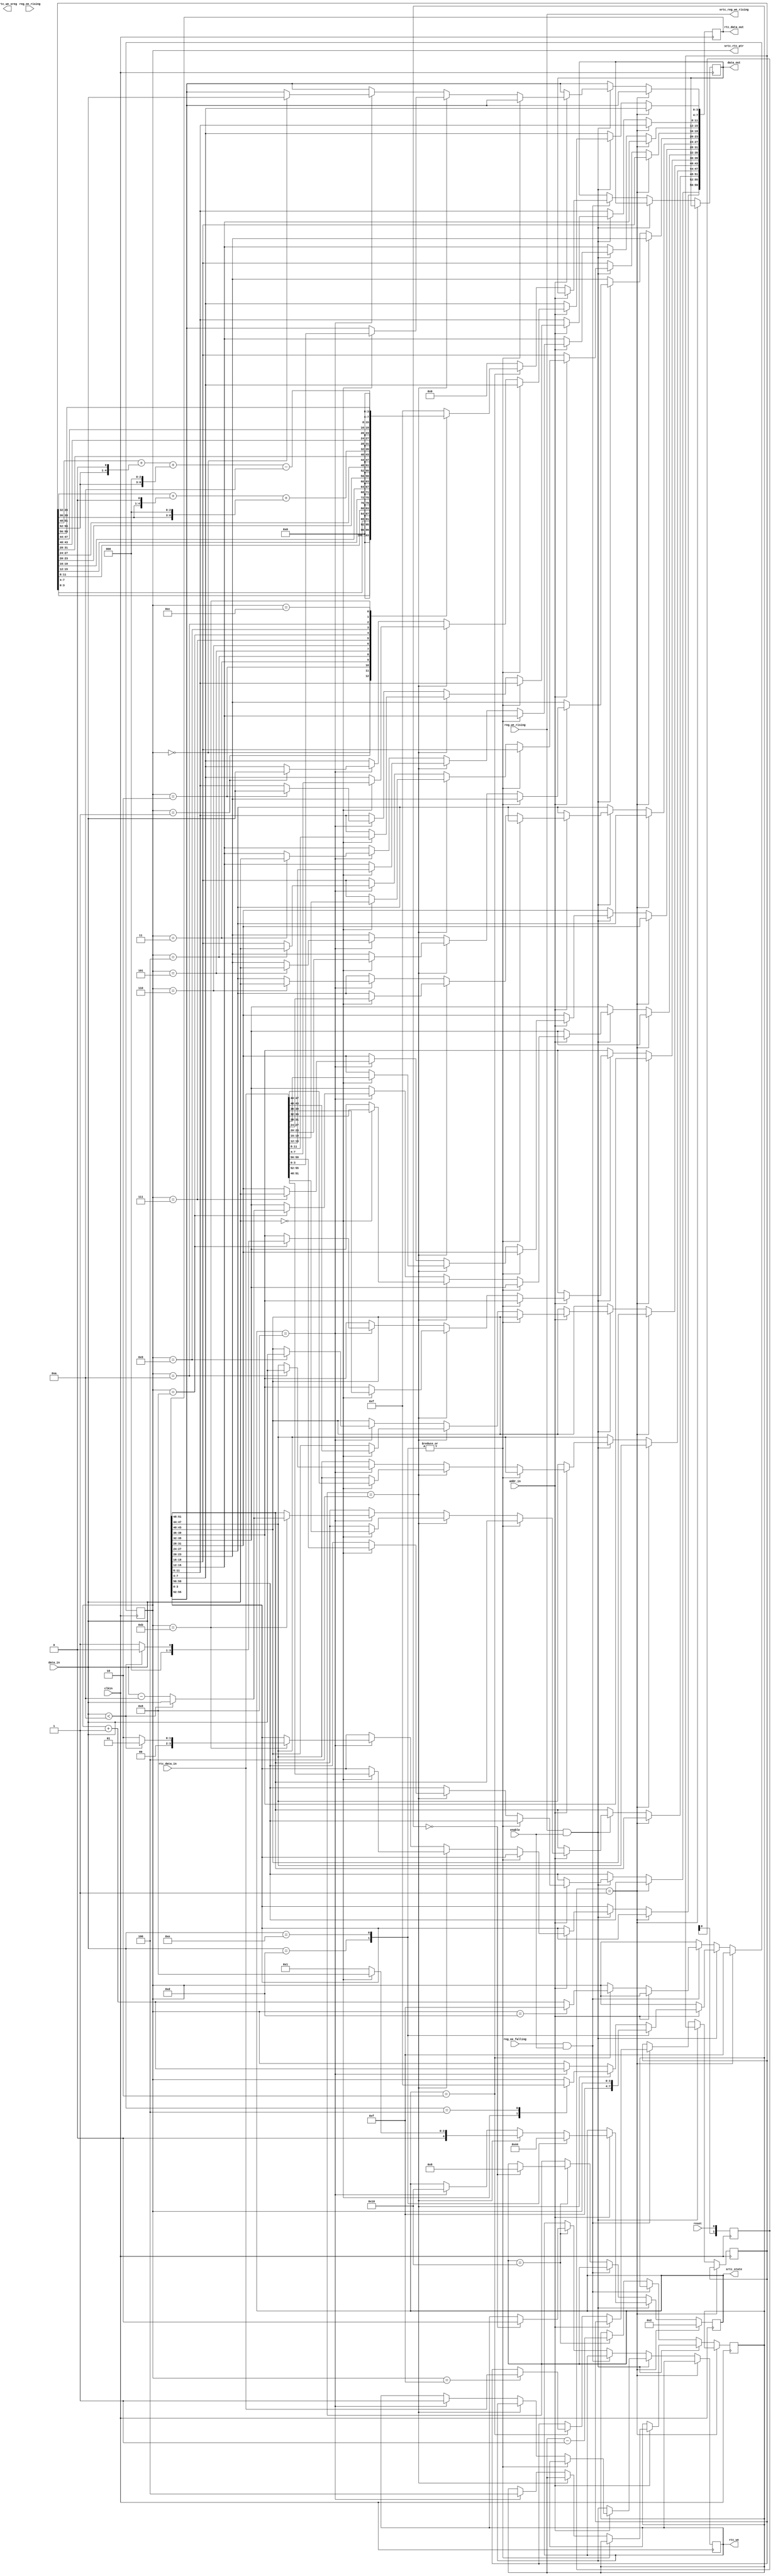
module srtc(
  input clkin,
  input addr_in,
  input [3:0] data_in,
  output [7:0] data_out,
  input [59:0] rtc_data_in,
  output [59:0] rtc_data_out,
  input reg_oe_falling,
  input reg_oe_rising,
  input reg_we_rising,
  input enable,
  output rtc_we,
  input reset,

  /* DEBUG */
  output [4:0] srtc_state,
  output srtc_reg_we_rising,
  output [3:0] srtc_rtc_ptr,
  output [5:0] srtc_we_sreg
);

reg [59:0] rtc_data_r;
reg [59:0] rtc_data_out_r;
assign rtc_data_out = rtc_data_out_r;

reg [3:0] rtc_ptr;

reg [7:0] data_out_r;
reg [4:0] mode_r;
reg rtc_we_r;
assign rtc_we = rtc_we_r;
assign data_out = data_out_r;

reg [1:0] reset_sreg;
always @(posedge clkin) reset_sreg <= {reset_sreg[0], reset};
wire reset_rising = (reset_sreg[1:0] == 2'b01);

reg[2:0] we_countdown_r;

parameter SRTC_IDLE = 5'b00001;
parameter SRTC_READ = 5'b00010;
parameter SRTC_COMMAND = 5'b00100;
parameter SRTC_WRITE = 5'b01000;
parameter SRTC_WRITE2 = 5'b10000;

assign srtc_reg_we_rising = reg_we_rising;
assign srtc_state = mode_r;
assign srtc_rtc_ptr = rtc_ptr;

initial begin
  rtc_we_r = 0;
  mode_r = SRTC_READ;
  rtc_ptr = 4'hf;
  data_out_r = 8'h00;
end

always @(posedge clkin) begin
  if(reset_rising) begin
    mode_r <= SRTC_READ;
    rtc_ptr <= 4'hf;
  end else if(reg_we_rising && enable) begin
    case (addr_in)
//     1'b0: // data register is read only
      1'b1: // control register
        case (data_in)
          4'hd: begin
            mode_r <= SRTC_READ;
            rtc_ptr <= 4'hf;
          end
          4'he: begin
            mode_r <= SRTC_COMMAND;
          end
          default: begin
            if(mode_r == SRTC_COMMAND) begin
              case (data_in)
                4'h0: begin
                  mode_r <= SRTC_WRITE;
                  rtc_data_out_r <= rtc_data_in;
                  rtc_ptr <= 4'h0;
                end
                4'h4: begin
                  mode_r <= SRTC_IDLE;
                  rtc_ptr <= 4'hf;
                end
                default:
                  mode_r <= SRTC_IDLE;
              endcase
            end else if(mode_r == SRTC_WRITE) begin
              rtc_ptr <= rtc_ptr + 1;
              case(rtc_ptr)
                0: rtc_data_out_r[3:0] <= data_in;
                1: rtc_data_out_r[7:4] <= data_in;
                2: rtc_data_out_r[11:8] <= data_in;
                3: rtc_data_out_r[15:12] <= data_in;
                4: rtc_data_out_r[19:16] <= data_in;
                5: rtc_data_out_r[23:20] <= data_in;
                6: rtc_data_out_r[27:24] <= data_in;
                7: rtc_data_out_r[31:28] <= data_in;
                8: begin
                  rtc_data_out_r[35:32] <= (data_in < 10)
                                           ? data_in
                                           : data_in - 10;
                  rtc_data_out_r[39:36] <= data_in < 10 ? 0 : 1;
                end
                9: rtc_data_out_r[43:40] <= data_in;
                10: rtc_data_out_r[47:44] <= data_in;
                11: begin
                  rtc_data_out_r[51:48] <= (data_in < 10)
                                           ? data_in
                                           : data_in - 10;
                  rtc_data_out_r[55:52] <= data_in < 10 ? 1 : 2;
                end
              endcase
              mode_r <= SRTC_WRITE2;
              we_countdown_r <= 4;
              rtc_we_r <= 1;
            end
          end
        endcase
    endcase
  end else if(reg_oe_falling && enable) begin
    case (addr_in)
      1'b0: // read data register
      if(mode_r == SRTC_READ) begin
        case(rtc_ptr)
          0: data_out_r <= rtc_data_r[3:0];
          1: data_out_r <= rtc_data_r[7:4];
          2: data_out_r <= rtc_data_r[11:8];
          3: data_out_r <= rtc_data_r[15:12];
          4: data_out_r <= rtc_data_r[19:16];
          5: data_out_r <= rtc_data_r[23:20];
          6: data_out_r <= rtc_data_r[27:24];
          7: data_out_r <= rtc_data_r[31:28];
          8: data_out_r <= rtc_data_r[35:32]
                           + (rtc_data_r[39:36] << 1)
                           + (rtc_data_r[39:36] << 3);
          9: data_out_r <= rtc_data_r[43:40];
          10: data_out_r <= rtc_data_r[47:44];
          11: data_out_r <= rtc_data_r[51:48]
                            + (rtc_data_r[55:52] << 1)
                            + (rtc_data_r[55:52] << 3) - 10;
          12: data_out_r <= rtc_data_r[59:56];
//       14: mode_r <= SRTC_IDLE;
          15: begin
            rtc_data_r <= rtc_data_in;
            data_out_r <= 8'h0f;
          end
          default: data_out_r <= 8'h0f;
        endcase
        rtc_ptr <= rtc_ptr == 13 ? 15 : rtc_ptr + 1;
      end else begin
        data_out_r <= 8'h00;
      end
//      1'b1: // control register is write only
    endcase
  end else if(mode_r == SRTC_WRITE2) begin
    we_countdown_r <= we_countdown_r - 1;
    if (we_countdown_r == 3'b000) begin
      mode_r <= SRTC_WRITE;
      rtc_we_r <= 0;
    end
  end
end

endmodule